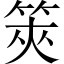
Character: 筴